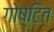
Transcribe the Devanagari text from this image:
गोष्टित